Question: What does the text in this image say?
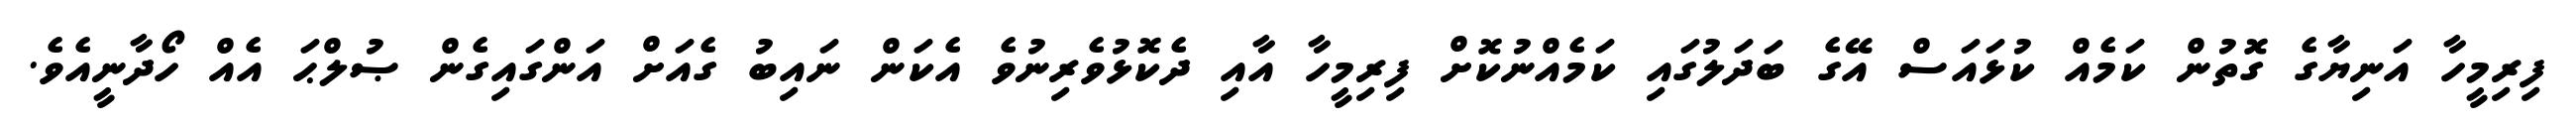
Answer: ފިރިމީހާ އަނިޔާގެ ގޮތުން ކަމެއް ކުޅައަސް އޭގެ ބަދަލުގައި ކަމެއްނުކޮށް ފިރިމީހާ އާއި ދެކޮޅުވެރިނުވެ އެކަން ނައިބު ގެއަށް އަންގައިގެން ޞުލްޙަ އެއް ހޯދާނީއެވެ.